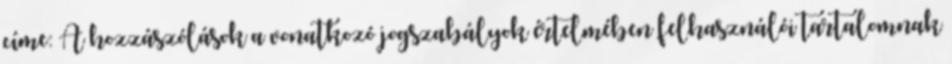
címe: A hozzászólások a vonatkozó jogszabályok értelmében felhasználói tartalomnak